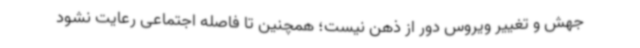
جهش و تغییر ویروس دور از ذهن نیست؛ همچنین تا فاصله اجتماعی رعایت نشود